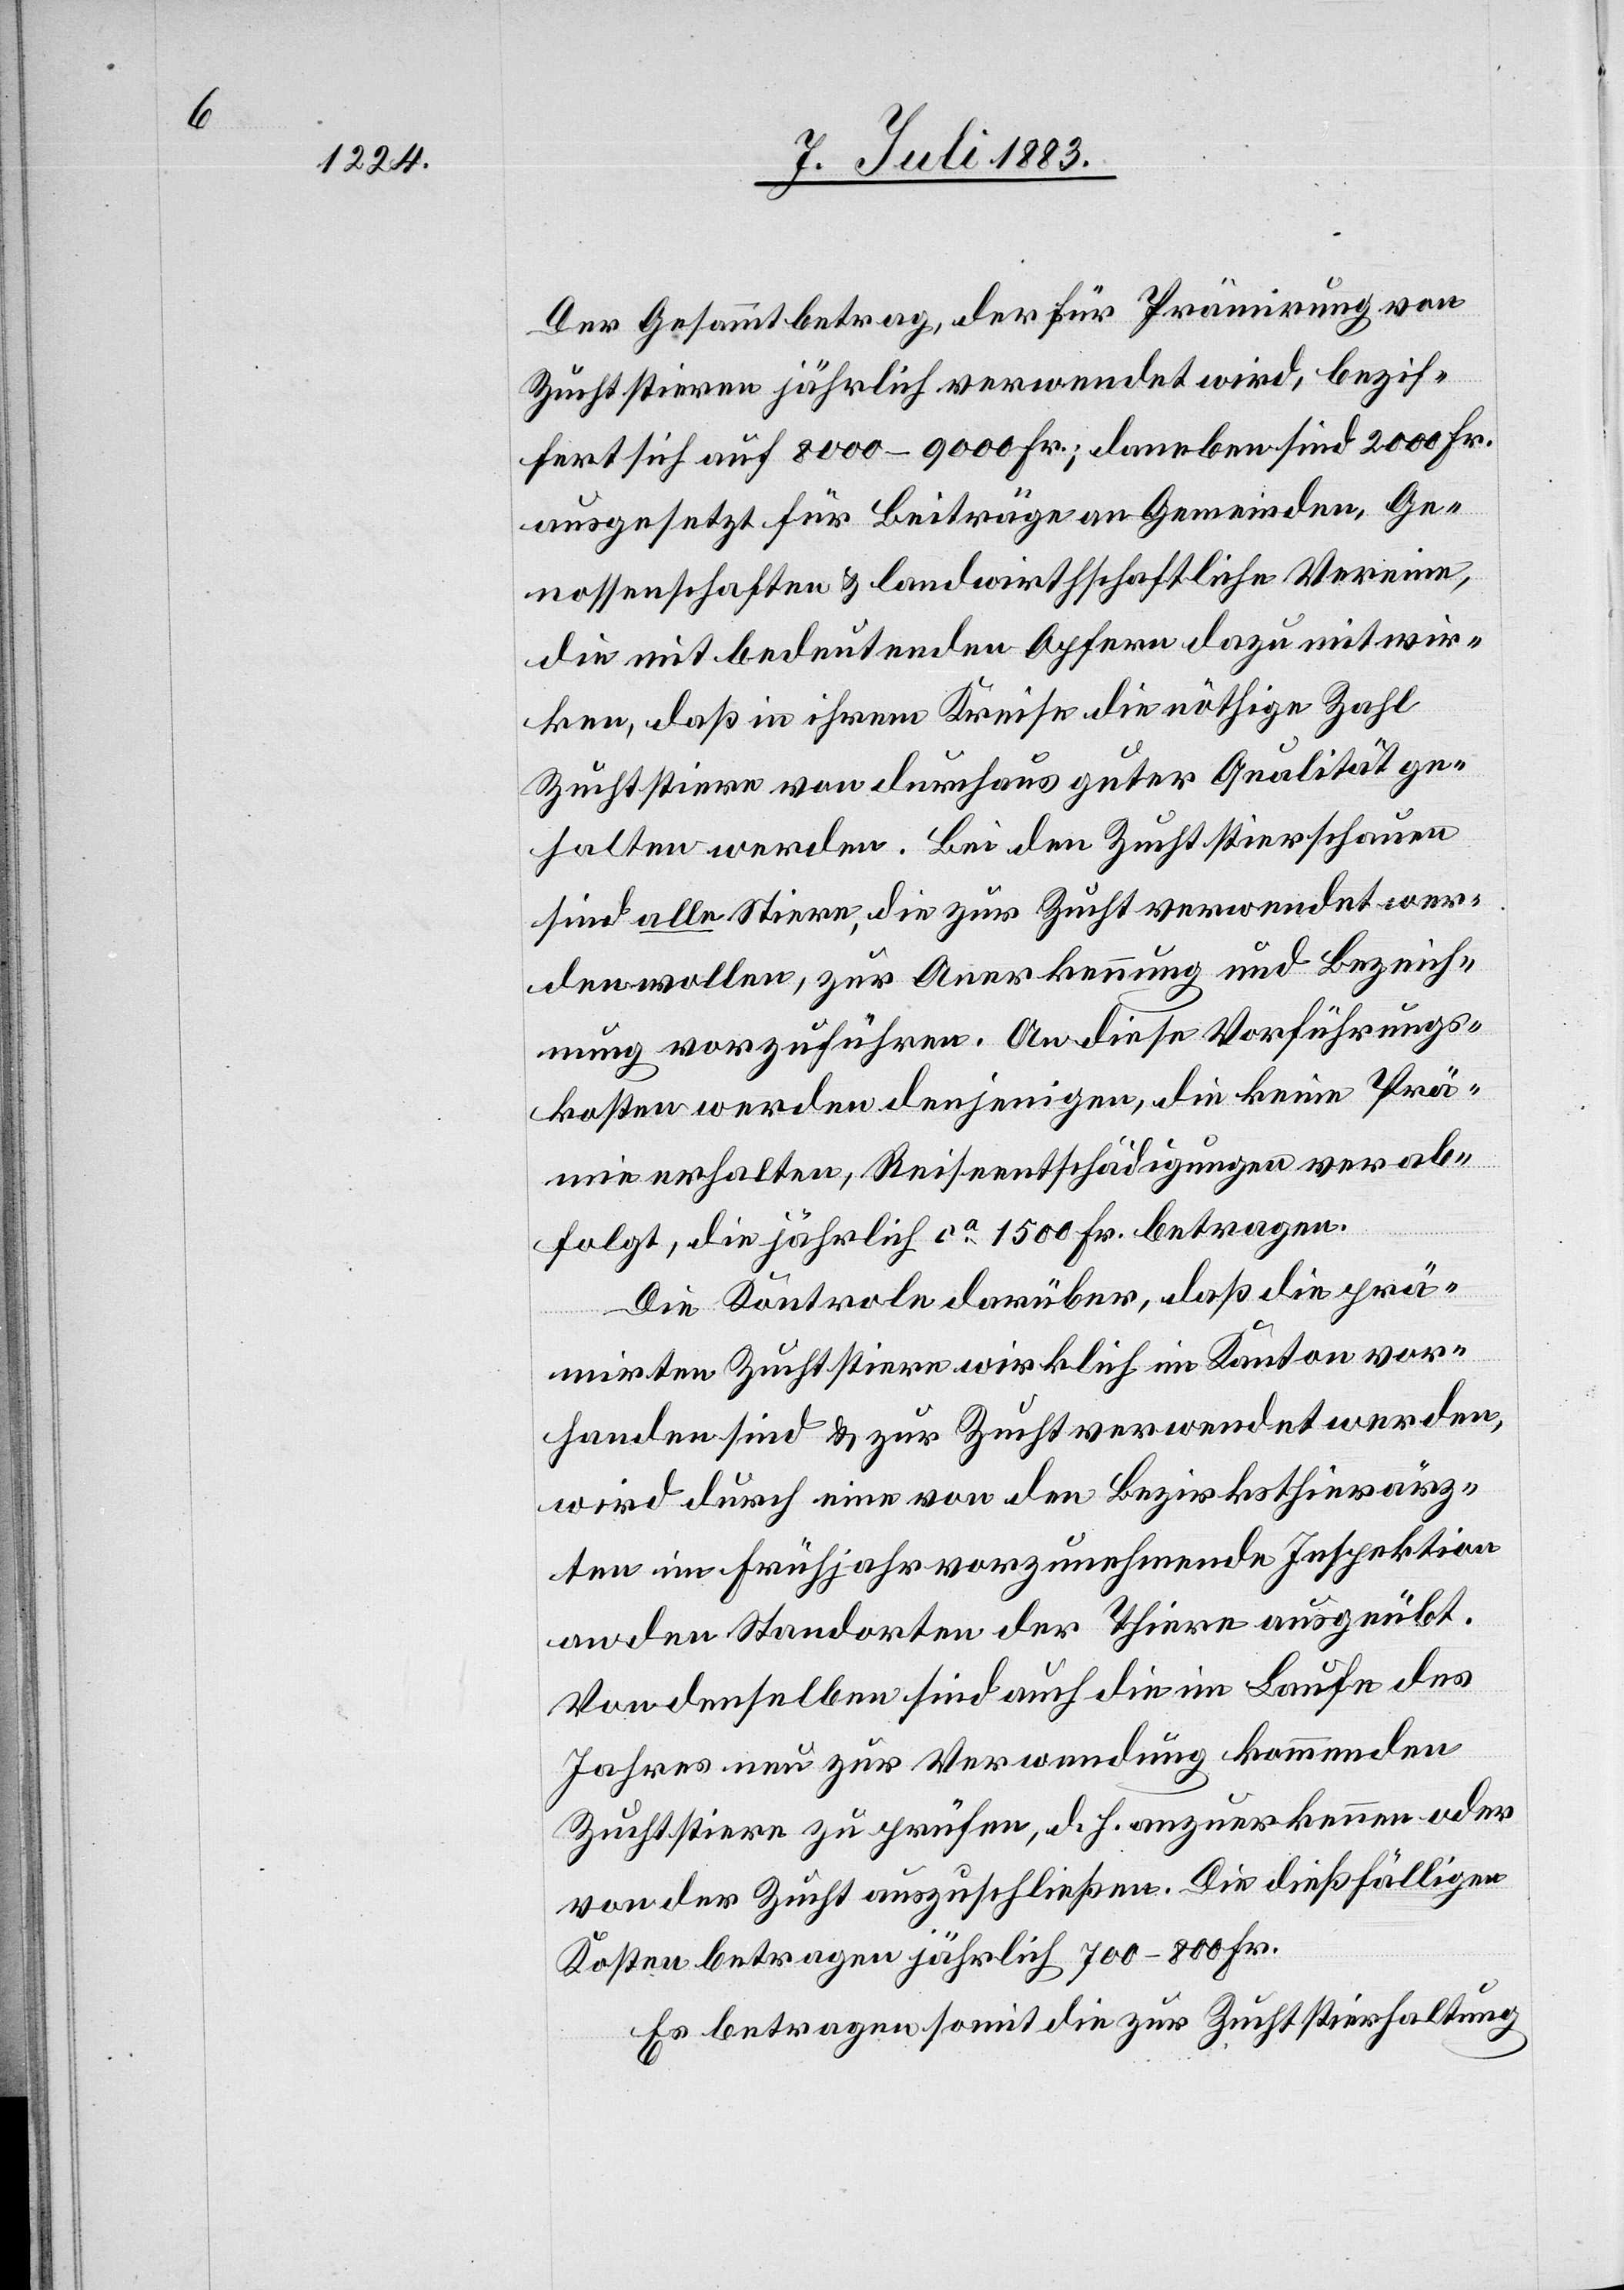
Der Gesammtbetrag, der für Prämirung von
Zuchtstieren jährlich verwendet wird, bezif¬
fert sich auf 8000–9000 Fr.; daneben sind 2000 Fr.
ausgesetzt für Beiträge an Gemeinden, Ge¬
nossenschaften & landwirthschaftliche Vereine,
die mit bedeutenden Opfern dazu mitwir¬
ken, daß in ihrem Kreise die nöthige Zahl
Zuchtstiere von durchaus guter Qualität ge¬
halten werden. Bei den Zuchtstierschauen
sind alle Stiere, die zur Zucht verwendet wer¬
den wollen, zur Anerkennung und Bezeich¬
nung vorzuführen. An diese Vorführungs¬
kosten werden denjenigen, die keine Prä¬
mie erhalten, Reiseentschädigungen verab¬
folgt, die jährlich ca 1500 Fr. betragen.
Die Kontrole darüber, daß die prä¬
mirten Zuchtstiere wirklich im Kanton vor¬
handen sind & zur Zucht verwendet werden,
wird durch eine von den Bezirksthierärz¬
ten im Frühjahr vorzunehmende Inspektion
an den Standorten der Thiere ausgeübt.
Von denselben sind auch die im Laufe des
Jahres neu zur Verwendung kommenden
Zuchtstiere zu prüfen, d. h. anzuerkennen oder
von der Zucht auszuschließen. Die dießfälligen
Kosten betragen jährlich 700–800 Fr.
Es betragen somit die zur Zuchtstierhaltung